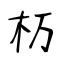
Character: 杤